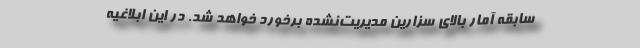
سابقه آمار بالای سزارین مدیریت‌نشده برخورد خواهد شد. در این ابلاغیه